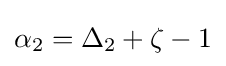
\alpha _{2}=\Delta _{2}+\zeta -1